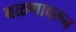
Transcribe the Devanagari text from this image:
वळणावरून